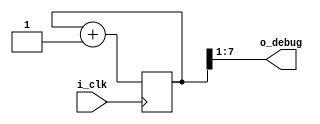
module counter (
    input i_clk, 
    output [6:0] o_debug
);

    reg [32:0] i = 0;
    assign o_debug = i[7:1];

    always @(posedge i_clk)
        i <= i + 1;

endmodule